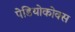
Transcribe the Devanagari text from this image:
पेडियोकोक्स